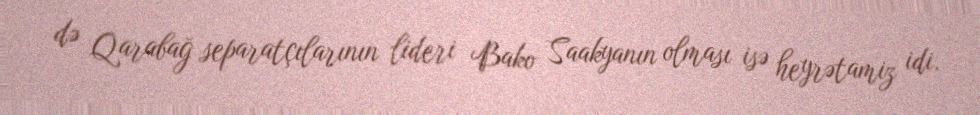
də Qarabağ separatçılarının lideri Bako Saakyanın olması isə heyrətamiz idi.